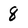
Character: 8